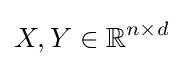
X,Y\in \mathbb {R} ^{n\times d}